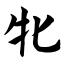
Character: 牝